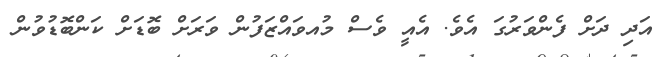
އަދި ދަށް ފެންވަރުގަ އެވެ. އެއީ ވެސް މުއވައްޒަފުން ވަރަށް ބޮޑަށް ކަންބޮޑުވުން